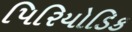
પિરિયોડિક